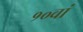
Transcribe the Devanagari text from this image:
१०वां